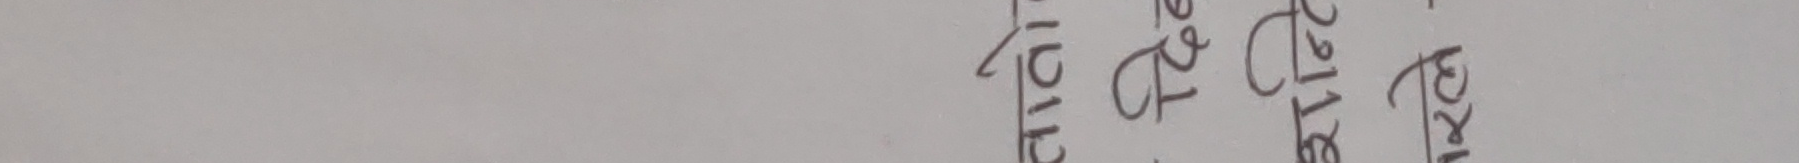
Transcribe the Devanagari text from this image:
ट ०८१३८९१२८१
बे ८८८८८८८८८८
बि ९२१८७०८१३१